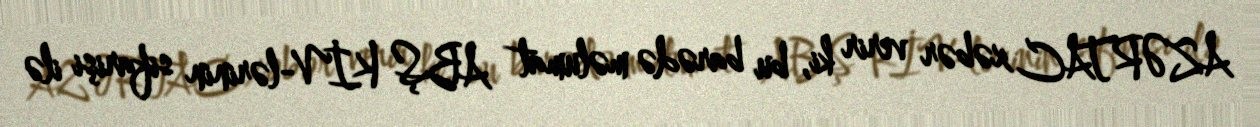
AZƏRTAC xəbər verir ki, bu barədə məlumat ABŞ KİV-lərinin sifarişi ilə